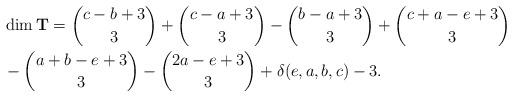
LaTeX: \begin{align*}& \dim \mathbf{T}=\binom{c-b+3}{3}+\binom{c-a+3}{3}-\binom{b-a+3}{3}+\binom{c+a-e+3}{3}\\&-\binom{a+b-e+3}{3}-\binom{2a-e+3}{3}+\delta(e,a,b,c)-3.\end{align*}